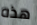
هذه